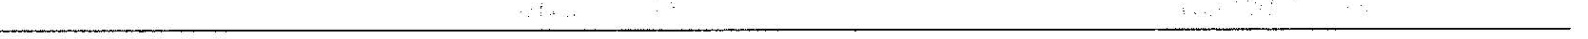
_______________